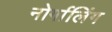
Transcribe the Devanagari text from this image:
नोर्गालिंग